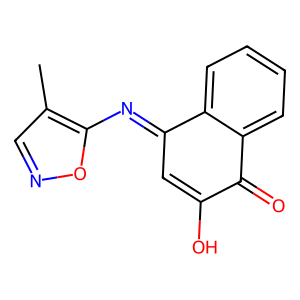
SMILES: Cc1cnoc1N=C1C=C(O)C(=O)c2ccccc21
Inhibits HIV replication: No